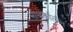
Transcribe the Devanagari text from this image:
मीथेकोलीन